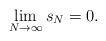
LaTeX: \begin{align*}\lim_{N \rightarrow \infty} s_N = 0.\end{align*}